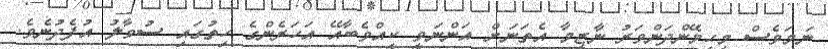
ނަމަވެސް މިހިމޭންދަންވަރު ނާޒިމާ އެތަނަށް އަންނަވީ ކީއްވެބާއޭ އަހަރެންގެ ހިތުގައި ސުވާލު އުފެދުނެވެ.